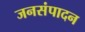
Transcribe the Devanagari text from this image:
जनसंपादन